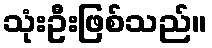
သုံးဦးဖြစ်သည်။